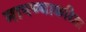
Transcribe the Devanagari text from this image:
मापण्याकरिता